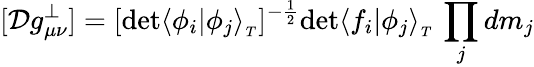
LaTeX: [{\cal D}g_{\mu\nu}^{\perp}]=[\mathrm{det}\langle\phi_{i}\vert\phi_{j}\rangle_{_T}]^{-{\frac{1}{2}}}\mathrm{det}\langle f_{i}\vert\phi_{j}\rangle_{_T}\, \prod_{j}dm_{j}